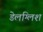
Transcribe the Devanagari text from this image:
डेलग्लिश